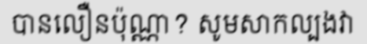
បានលឿនប៉ុណ្ណា? សូមសាកល្បងវា